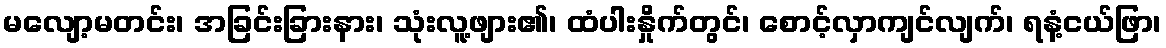
မလျော့မတင်း၊ အခြင်းခြားနား၊ သုံးလူ့ဖျား၏၊ ထံပါးနှိုက်တွင်၊ စောင့်လှာကျင်လျက်၊ ရနံ့ငယ်ဖြာ၊